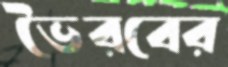
ভৈরবের